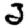
Digit: 2